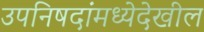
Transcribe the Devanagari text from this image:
उपनिषदांमध्येदेखील